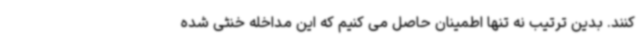
کنند. بدین ترتیب نه تنها اطمینان حاصل می کنیم که این مداخله خنثی شده